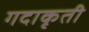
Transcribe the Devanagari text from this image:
गदाकृती